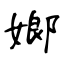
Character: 嫏